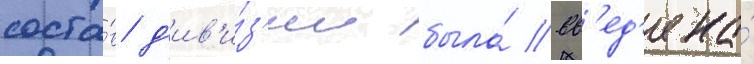
соста́в д'ив'и́з'ии была́ вв'ед'ена́